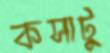
কসাটু